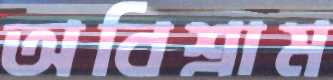
অবিশ্রাম